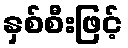
နှစ်စီးဖြင့်